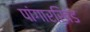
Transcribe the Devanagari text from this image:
पांगारखिंड